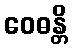
ဝေဓန္တိ